Civil Veterinary Dept. Bombay admin report 1932-41 - 1932-1941
Year: 1932
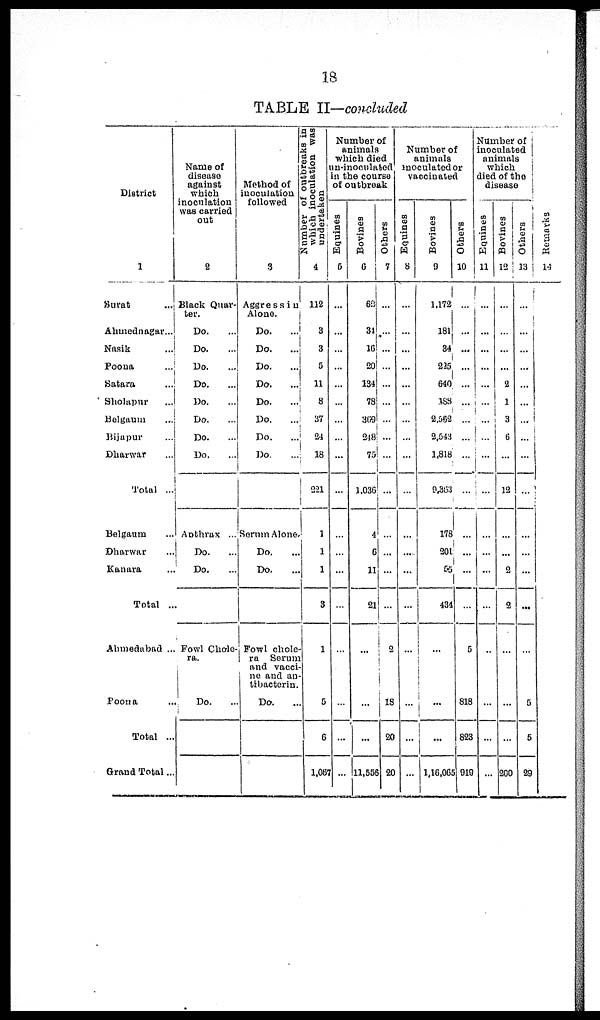
18
TABLE II—concluded
District
1
Surat ...
Ahmednagar...
Nasik ...
Poona ...
Satara ...
Sholapur ...
Belgaum ...
Bijapur ...
Dharwar ...
Total ...
Belgaum ...
Dharwar ...
Kanara ...
Total ..
Ahmedabad ...
Poona ...
Total ..
Grand Total ...
Name of
disease
against
which
inoculation
was carried
out
2
Black Quar-
ter.
Do. ...
Do. ...
Do.
...
Do. ...
Do. ...
Do. ...
Do. ...
Do. ...
Anthrax ...
Do. ...
Do.
...
Fowl Chole-
ra.
Do. ...
Method of
inoculation
followed
3
Aggressiu
Alone.
Do. ...
Do. ...
Do. ...
Do. ...
Do. ...
Do. ...
Do. ...
Do. ...
Serum Alone
Do. ...
Do. ...
Fowl chole-
ra Serum
and vacci-
ne and an-
tibacterin.
Do. ...
which inoculation was
undertaken
4
112
3
3
5
11
8
37
24
18
221
1
1
1
3
1
5
6
1,067
Number of
animals
which died
in-inoculated
in the course
of outbreak
Equines
5
...
...
...
...
...
...
...
...
...
...
...
...
...
...
...
...
...
...
Bovines
6
62
31
16
20
134
78
369
248
75
1,036
4
6
11
21
...
...
...
11,556
Others
7
...
...
...
...
...
...
...
...
...
...
...
...
...
...
2
18
20
20
Number of
animals
inoculated or
vaccinated
Equines
8
...
...
...
...
...
...
...
...
...
...
...
...
...
...
...
...
...
...
Bovines
9
1,172
181
34
225
640
188
2,552
2,543
1,818
9,363
178
201
55
434
...
...
...
1,16,065
Others
10
...
...
...
...
...
...
...
...
...
...
...
...
...
...
5
818
823
919
Number of
inoculated
animals
which
died of the
disease
Equines
11
...
...
...
...
...
...
...
...
...
...
...
...
...
...
...
...
...
...
Bovines
12
...
...
...
...
2
1
3
6
...
12
...
...
2
2
...
...
...
200
Others
13
...
...
...
...
...
...
...
...
...
...
...
...
...
...
...
5
5
29
Re ma r
ks
14